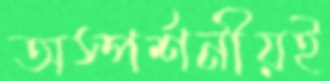
অস্পর্শনীয়ই